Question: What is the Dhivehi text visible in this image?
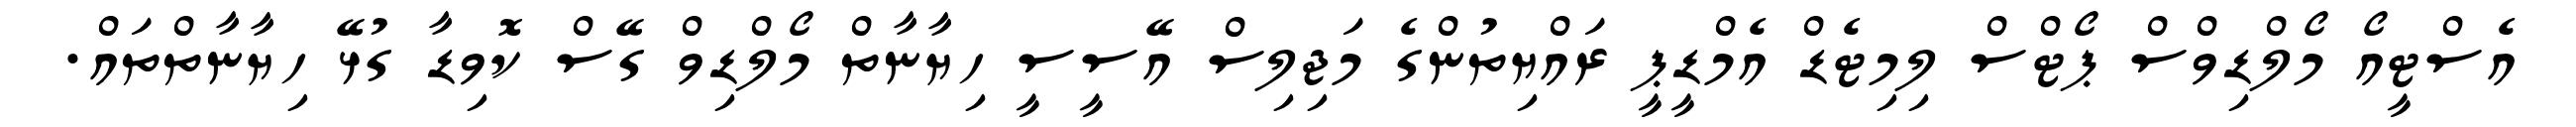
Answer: އެސްޓީއޯ މޯލްޑިވްސް ޕޯޓްސް ލިމިޓެޑް އެމްޑީޕީ ރައްޔިތުންގެ މަޖިލިސް އޭސީސީ ހިޔާނާތް މޯލްޑިވް ގޭސް ކޮވިޑާ ގުޅޭ ހިޔާނާތްތައް.